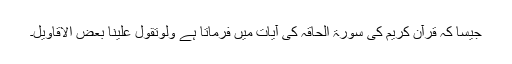
جیسا کہ قرآن کریم کی سورۃ الحاقہ کی آیات میں فرماتا ہے وَلَوْتَقَوَّلَ عَلَیْنَا بَعْضَ الْاَقَاوِیْلِ۔